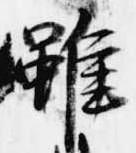
雖